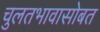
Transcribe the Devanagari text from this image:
चुलतभावासोबत